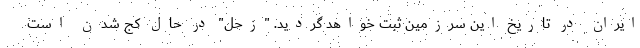
ایران در تاریخ این سرزمین ثبت خواهد گردید. "زحل" در حال کج شدن است